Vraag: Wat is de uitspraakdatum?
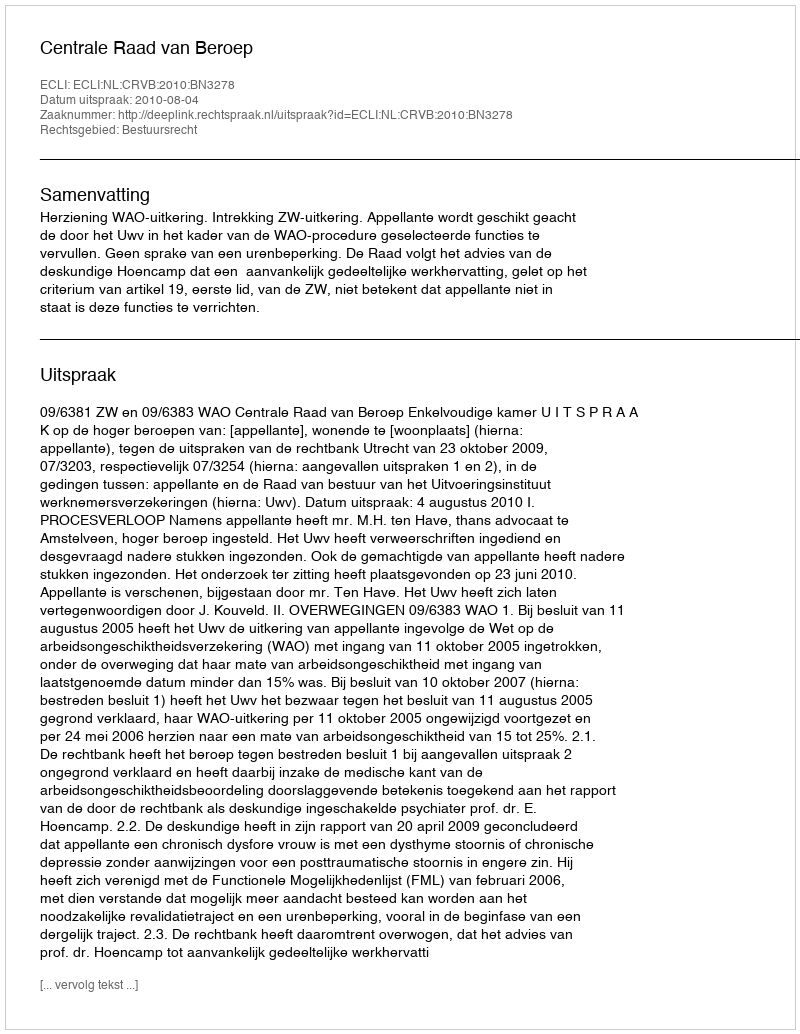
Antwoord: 2010-08-04